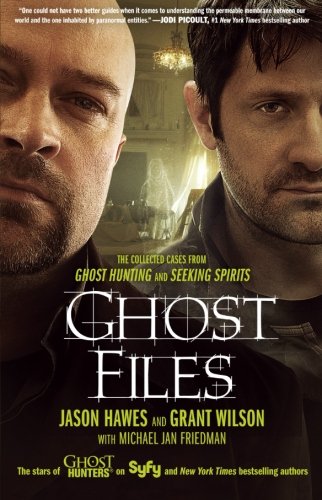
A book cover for Ghost Files: The Collected Cases from Ghost Hunting and Seeking Spirits; Jason Hawes; Religion & Spirituality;